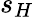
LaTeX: s_{H}